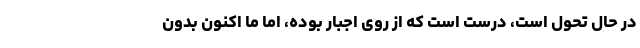
در حال تحول است، درست است که از روی اجبار بوده، اما ما اکنون بدون